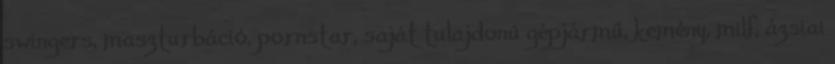
swingers, maszturbáció, pornstar, saját tulajdonú gépjármű, kemény, milf, ázsiai